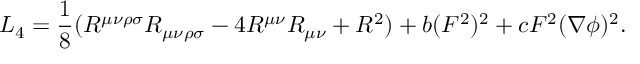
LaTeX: { \cal L } _ { 4 } = \frac { 1 } { 8 } ( R ^ { \mu \nu \rho \sigma } R _ { \mu \nu \rho \sigma } - 4 R ^ { \mu \nu } R _ { \mu \nu } + R ^ { 2 } ) + b ( F ^ { 2 } ) ^ { 2 } + c F ^ { 2 } ( \nabla \phi ) ^ { 2 } .